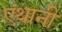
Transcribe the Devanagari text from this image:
एंथानी